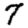
Digit: 7